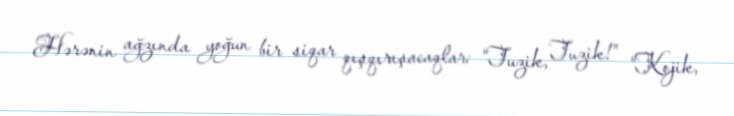
Hərənin ağzında yoğun bir siqar qışqırışacaqlar: “Tuzik, Tuzik!” “Kojik,